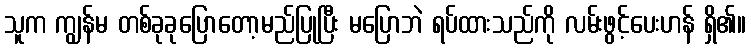
သူက ကျွန်မ တစ်ခုခုပြောတော့မည်ပြုပြီး မပြောဘဲ ရပ်ထားသည်ကို လမ်းဖွင့်ပေးဟန် ရှိ၏။